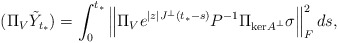
\begin{align*} (\Pi_V \tilde{Y}_{t_*}) = \int_0^{t_*} \left\| \Pi_V e^{|z|J^\perp(t_*-s)}P^{-1}\Pi_{\mathrm{ker}A^\perp}\sigma \right\|_F^2 ds,\end{align*}